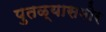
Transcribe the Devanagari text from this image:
पुतळ्यासमोर